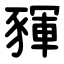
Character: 䝍